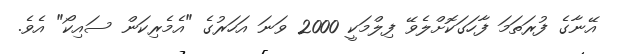
އޭނާގެ ފުރަތަމަ ފާހަގަކޮށްލެވޭ ފިލްމަކީ 2000 ވަނަ އަހަރުގެ "އެމެރިކަން ސައިކޯ" އެވެ.